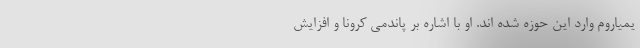
یمیاروم وارد این حوزه شده اند. او با اشاره بر پاندمی کرونا و افزایش